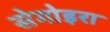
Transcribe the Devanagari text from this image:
सेगोइरा